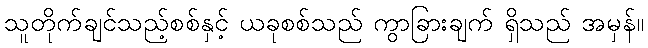
သူတိုက်ချင်သည့်စစ်နှင့် ယခုစစ်သည် ကွာခြားချက် ရှိသည် အမှန်။